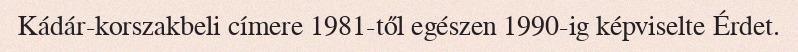
Kádár-korszakbeli címere 1981-től egészen 1990-ig képviselte Érdet.